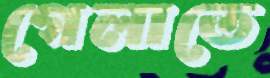
গেলাতে